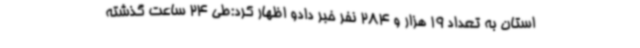
استان به تعداد 19 هزار و 284 نفر خبر دادو اظهار کرد:طی 24 ساعت گذشته